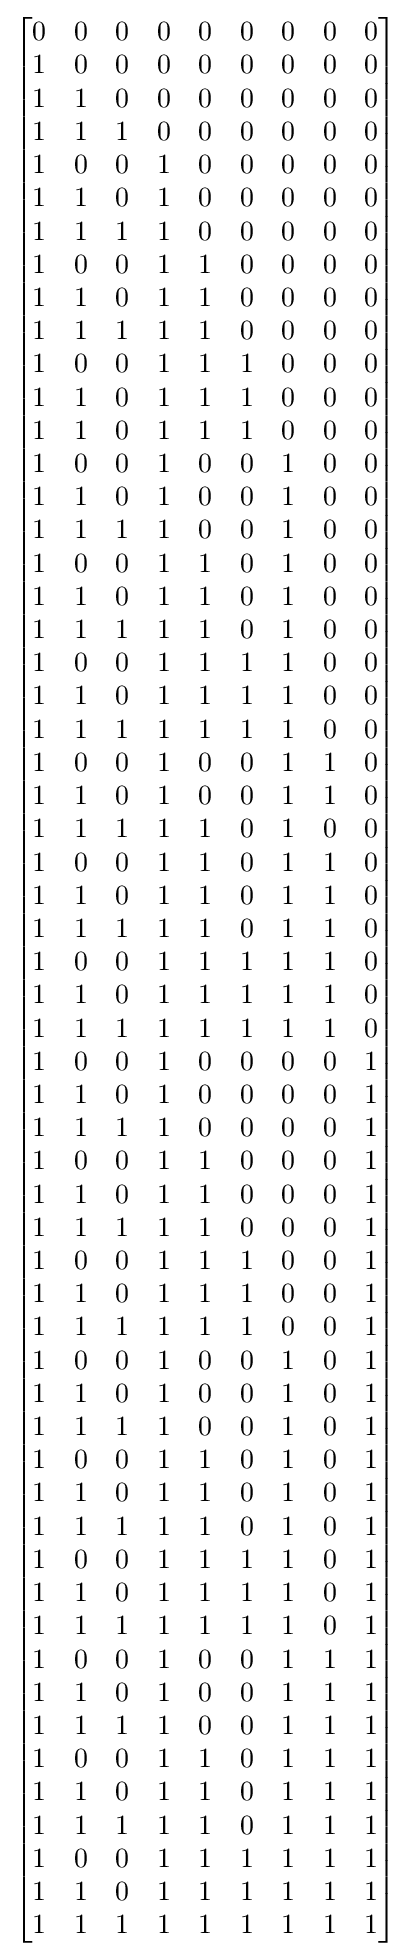
{\begin{bmatrix}0&0&0&0&0&0&0&0&0\\1&0&0&0&0&0&0&0&0\\1&1&0&0&0&0&0&0&0\\1&1&1&0&0&0&0&0&0\\1&0&0&1&0&0&0&0&0\\1&1&0&1&0&0&0&0&0\\1&1&1&1&0&0&0&0&0\\1&0&0&1&1&0&0&0&0\\1&1&0&1&1&0&0&0&0\\1&1&1&1&1&0&0&0&0\\1&0&0&1&1&1&0&0&0\\1&1&0&1&1&1&0&0&0\\1&1&0&1&1&1&0&0&0\\1&0&0&1&0&0&1&0&0\\1&1&0&1&0&0&1&0&0\\1&1&1&1&0&0&1&0&0\\1&0&0&1&1&0&1&0&0\\1&1&0&1&1&0&1&0&0\\1&1&1&1&1&0&1&0&0\\1&0&0&1&1&1&1&0&0\\1&1&0&1&1&1&1&0&0\\1&1&1&1&1&1&1&0&0\\1&0&0&1&0&0&1&1&0\\1&1&0&1&0&0&1&1&0\\1&1&1&1&1&0&1&0&0\\1&0&0&1&1&0&1&1&0\\1&1&0&1&1&0&1&1&0\\1&1&1&1&1&0&1&1&0\\1&0&0&1&1&1&1&1&0\\1&1&0&1&1&1&1&1&0\\1&1&1&1&1&1&1&1&0\\1&0&0&1&0&0&0&0&1\\1&1&0&1&0&0&0&0&1\\1&1&1&1&0&0&0&0&1\\1&0&0&1&1&0&0&0&1\\1&1&0&1&1&0&0&0&1\\1&1&1&1&1&0&0&0&1\\1&0&0&1&1&1&0&0&1\\1&1&0&1&1&1&0&0&1\\1&1&1&1&1&1&0&0&1\\1&0&0&1&0&0&1&0&1\\1&1&0&1&0&0&1&0&1\\1&1&1&1&0&0&1&0&1\\1&0&0&1&1&0&1&0&1\\1&1&0&1&1&0&1&0&1\\1&1&1&1&1&0&1&0&1\\1&0&0&1&1&1&1&0&1\\1&1&0&1&1&1&1&0&1\\1&1&1&1&1&1&1&0&1\\1&0&0&1&0&0&1&1&1\\1&1&0&1&0&0&1&1&1\\1&1&1&1&0&0&1&1&1\\1&0&0&1&1&0&1&1&1\\1&1&0&1&1&0&1&1&1\\1&1&1&1&1&0&1&1&1\\1&0&0&1&1&1&1&1&1\\1&1&0&1&1&1&1&1&1\\1&1&1&1&1&1&1&1&1\end{bmatrix}}